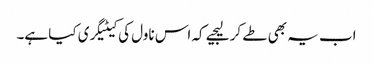
اب یہ بھی طے کر لیجیے کہ اس ناول کی کیٹیگری کیا ہے۔